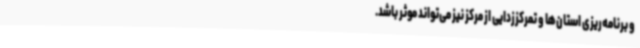
و برنامه‌ریزی استان‌ها و تمرکززدایی از مرکز نیز می‌تواند موثر باشد.